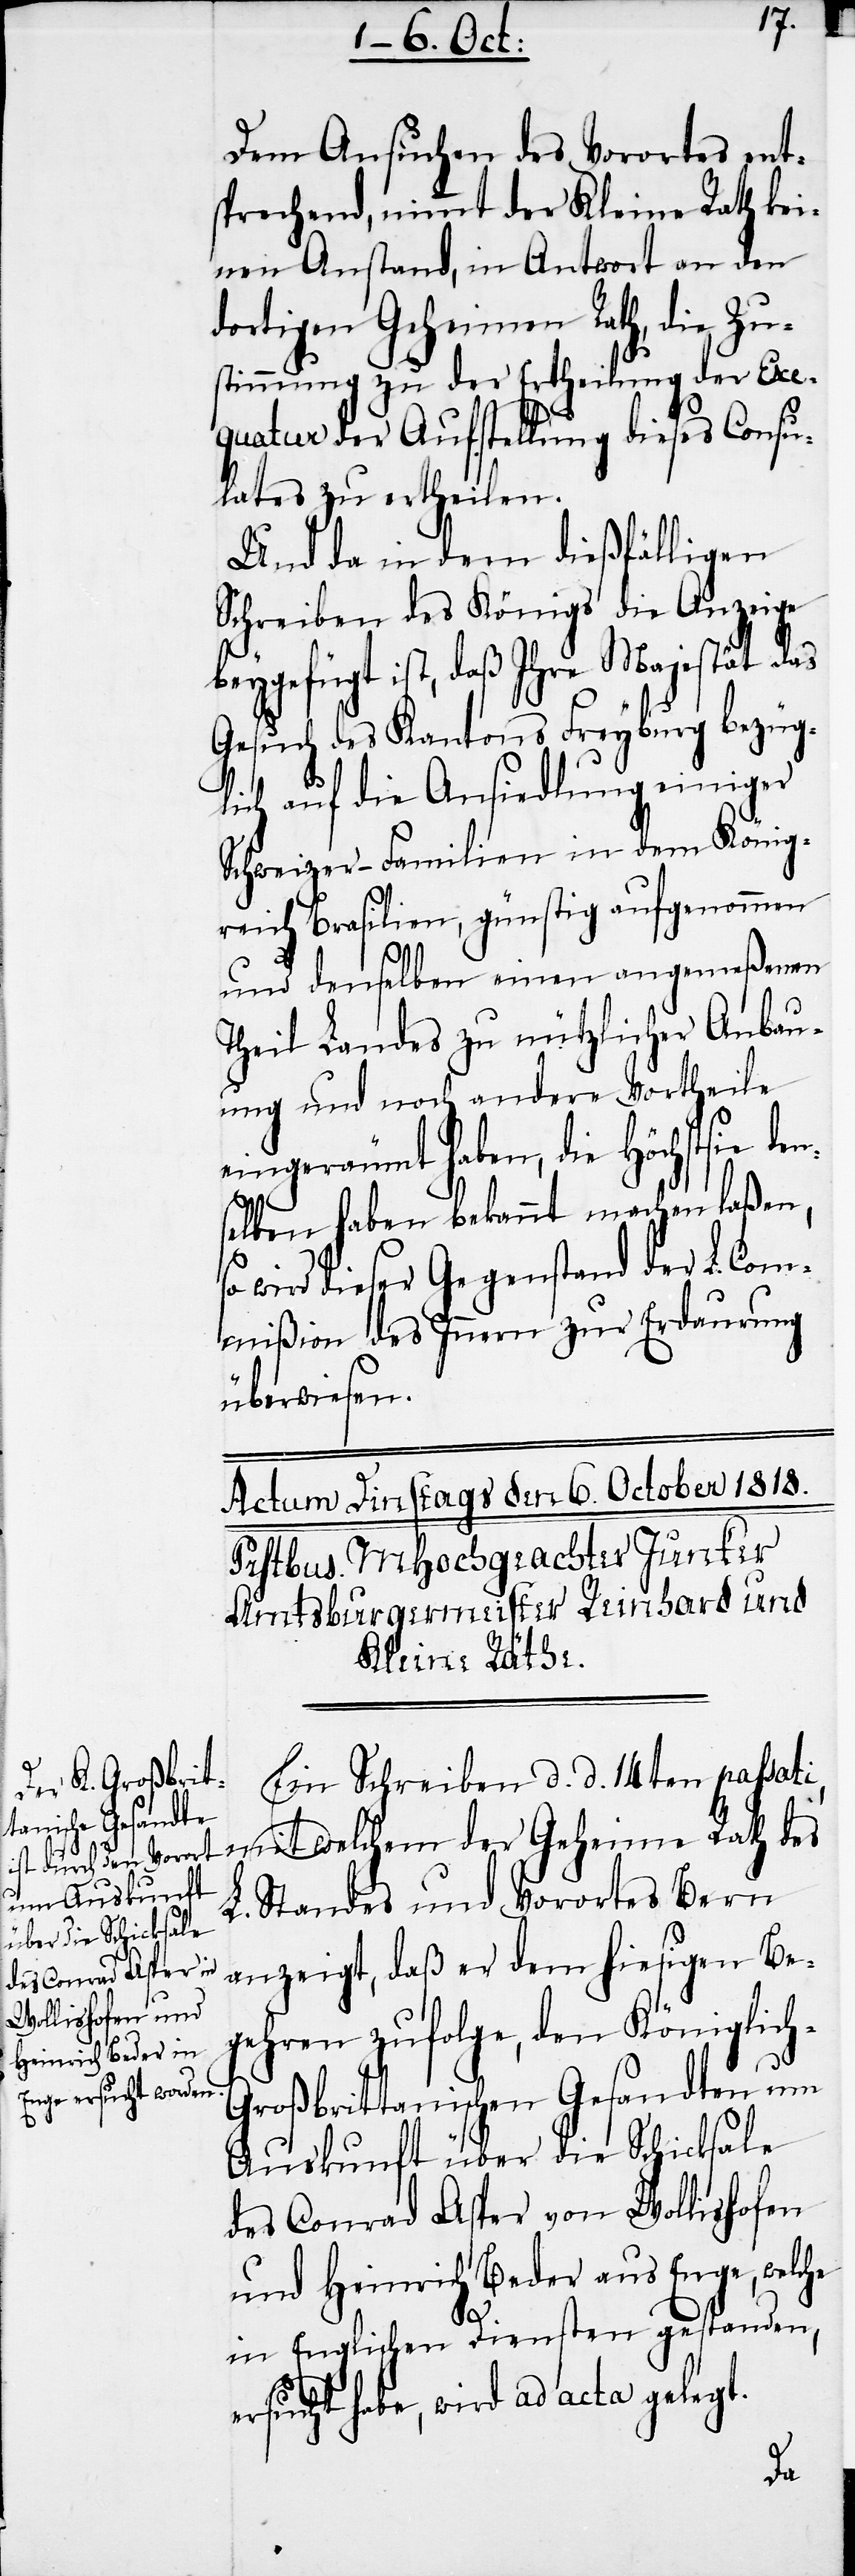
Dem Ansuchen des Vorortes ent¬
sprechend, nimmt der Kleine Rath kei¬
nen Anstand, in Antwort an den
dortigen Geheimen Rath, die Zu¬
stimmung zu der Ertheilung der Exe¬
quatur der Aufstellung dieses Consu¬
lates zu ertheilen.
Und da in dem dießfälligen
Schreiben des Königs die Anzeige
beygefügt ist, daß Ihre Majestät das
Gesuch des Kantons Freyburg bezüg¬
lich auf die Ansiedlung einiger
Schweizer-Familien in dem König¬
reich Brasilien, günstig aufgenommen
und denselben einen angemeßenen
Theil Landes zu nützlicher Anbau¬
ung und noch andere Vortheile
eingeräumt haben, die Höchstsie de¬
selben haben bekannt machen laßen,
so wird dieser Gegenstand der L. Com¬
mißion des Innern zur Erdaurung
überwiesen.
Ein Schreiben d. d. 14ten passati,
mit welchem der Geheime Rath des
L. Standes und Vorortes Bern
anzeigt, daß er dem hiesigen Be¬
gehren zufolge, den Königlic¬
h-Großbrittanischen Gesandten um
Auskunft über die Schicksale
des Conrad Asper von Wollishofen
und Heinrich Beder aus Enge, welche
in Englischen Diensten gestanden,
ersucht habe, wird ad acta gelegt.
n¬